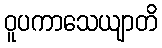
ဝူပကာသေယျာတိ